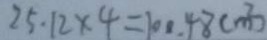
2 5 . 1 2 \times 4 = 1 0 0 . 4 8 ( m ^ { 2 } )